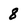
Character: 8